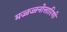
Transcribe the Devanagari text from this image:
मज्जज्जनोत्तारिणी